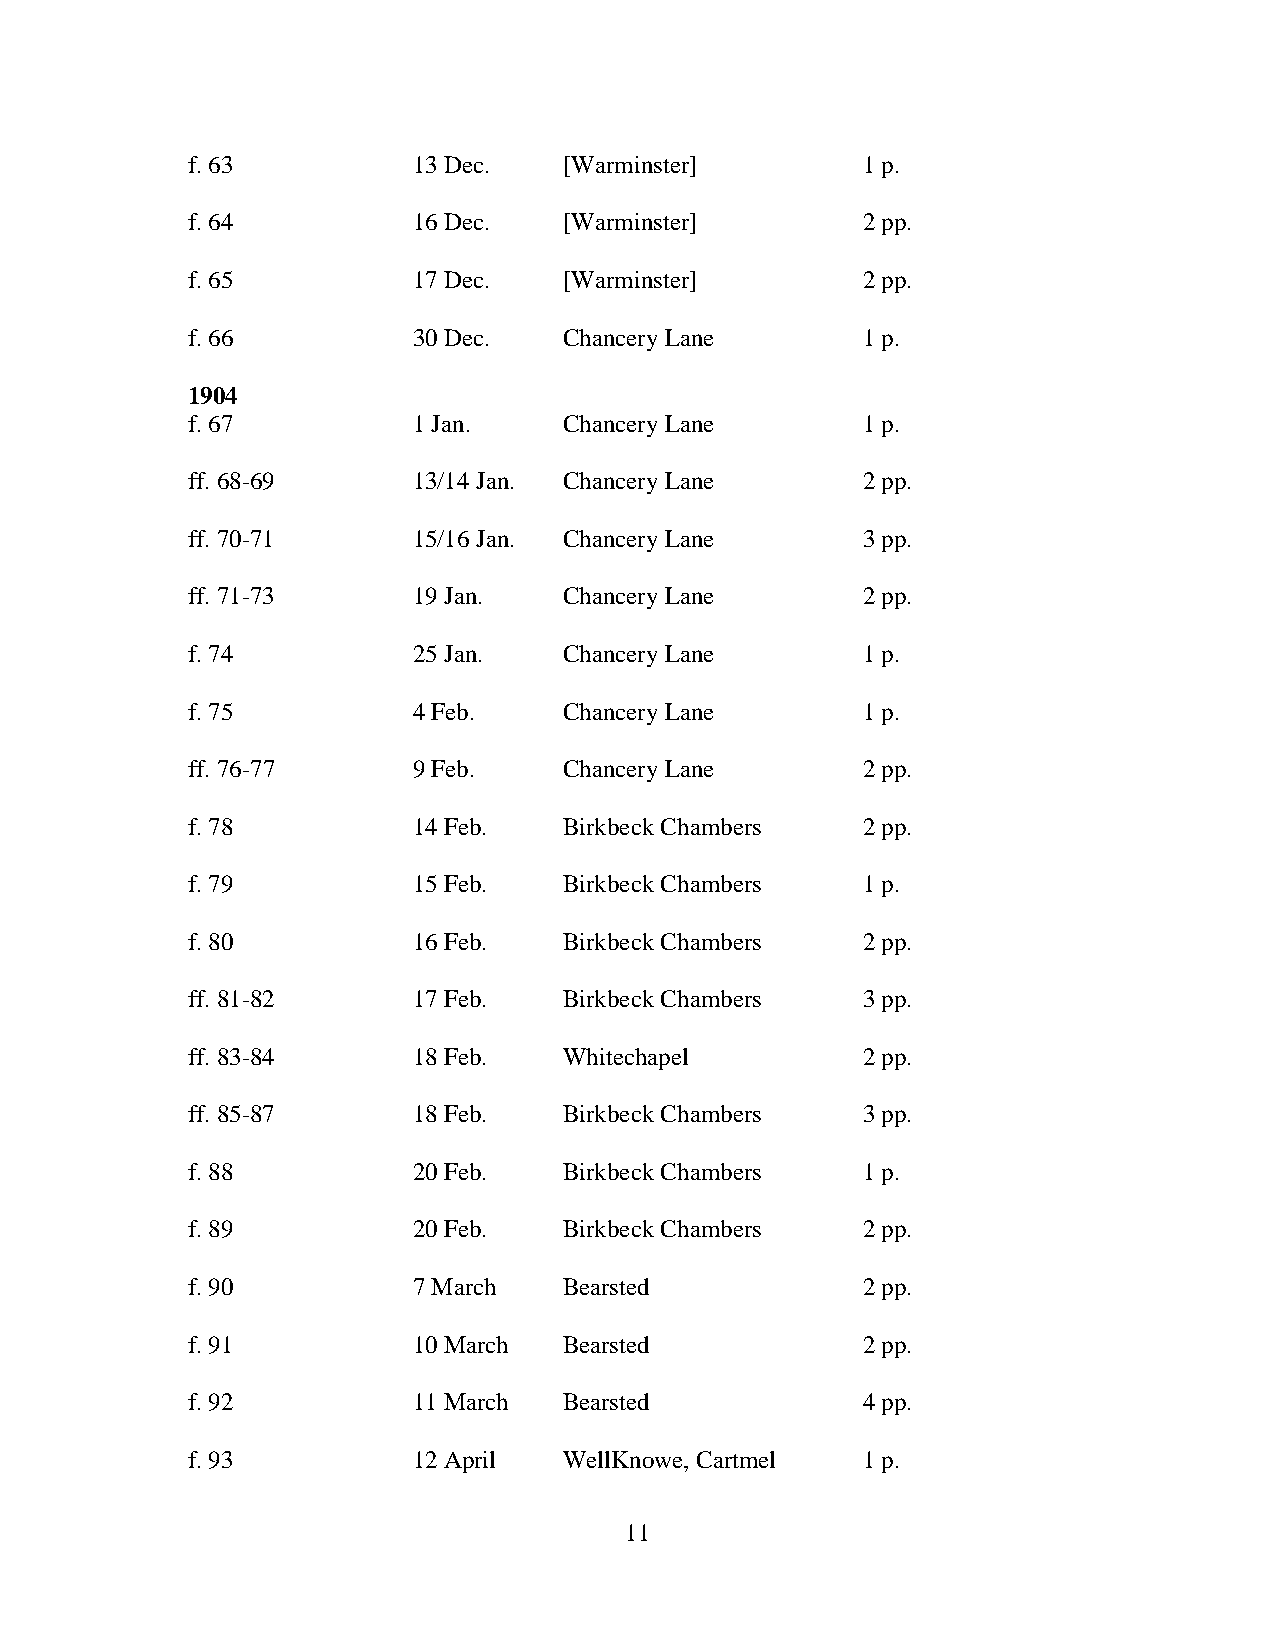
f. 63          13 Dec.   [Warminster]        1 p.
 f. 64          16 Dec.   [Warminster]        2 pp.
 f. 65          17 Dec.   [Warminster]        2 pp.
 f. 66          30 Dec.   Chancery Lane       1 p.
 1904
 f. 67          1 Jan.    Chancery Lane       1 p.
 ff. 68-69      13/14 Jan. Chancery Lane      2 pp.
 ff. 70-71      15/16 Jan. Chancery Lane      3 pp.
 ff. 71-73      19 Jan.   Chancery Lane       2 pp.
 f. 74          25 Jan.   Chancery Lane       1 p.
 f. 75          4 Feb.    Chancery Lane       1 p.
 ff. 76-77      9 Feb.    Chancery Lane       2 pp.
 f. 78          14 Feb.   Birkbeck Chambers   2 pp.
 f. 79          15 Feb.   Birkbeck Chambers   1 p.
 f. 80          16 Feb.   Birkbeck Chambers   2 pp.
 ff. 81-82      17 Feb.   Birkbeck Chambers   3 pp.
 ff. 83-84      18 Feb.   Whitechapel         2 pp.
 ff. 85-87      18 Feb.   Birkbeck Chambers   3 pp.
 f. 88          20 Feb.   Birkbeck Chambers   1 p.
 f. 89          20 Feb.   Birkbeck Chambers   2 pp.
 f. 90          7 March   Bearsted            2 pp.
 f. 91          10 March  Bearsted            2 pp.
 f. 92          11 March  Bearsted            4 pp.
 f. 93          12 April  WellKnowe, Cartmel  1 p.
 11